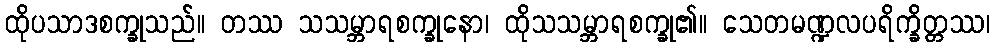
ထိုပသာဒစက္ခုသည်။ တဿ သသမ္ဘာရစက္ခုနော၊ ထိုသသမ္ဘာရစက္ခု၏။ သေတမဏ္ဍလပရိက္ခိတ္တဿ၊